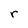
Character: r